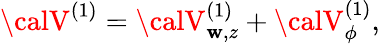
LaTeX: {\calV}^{(1)}={\calV}_{\mathbf{w},z}^{(1)}+{\calV}_{\phi}^{(1)},